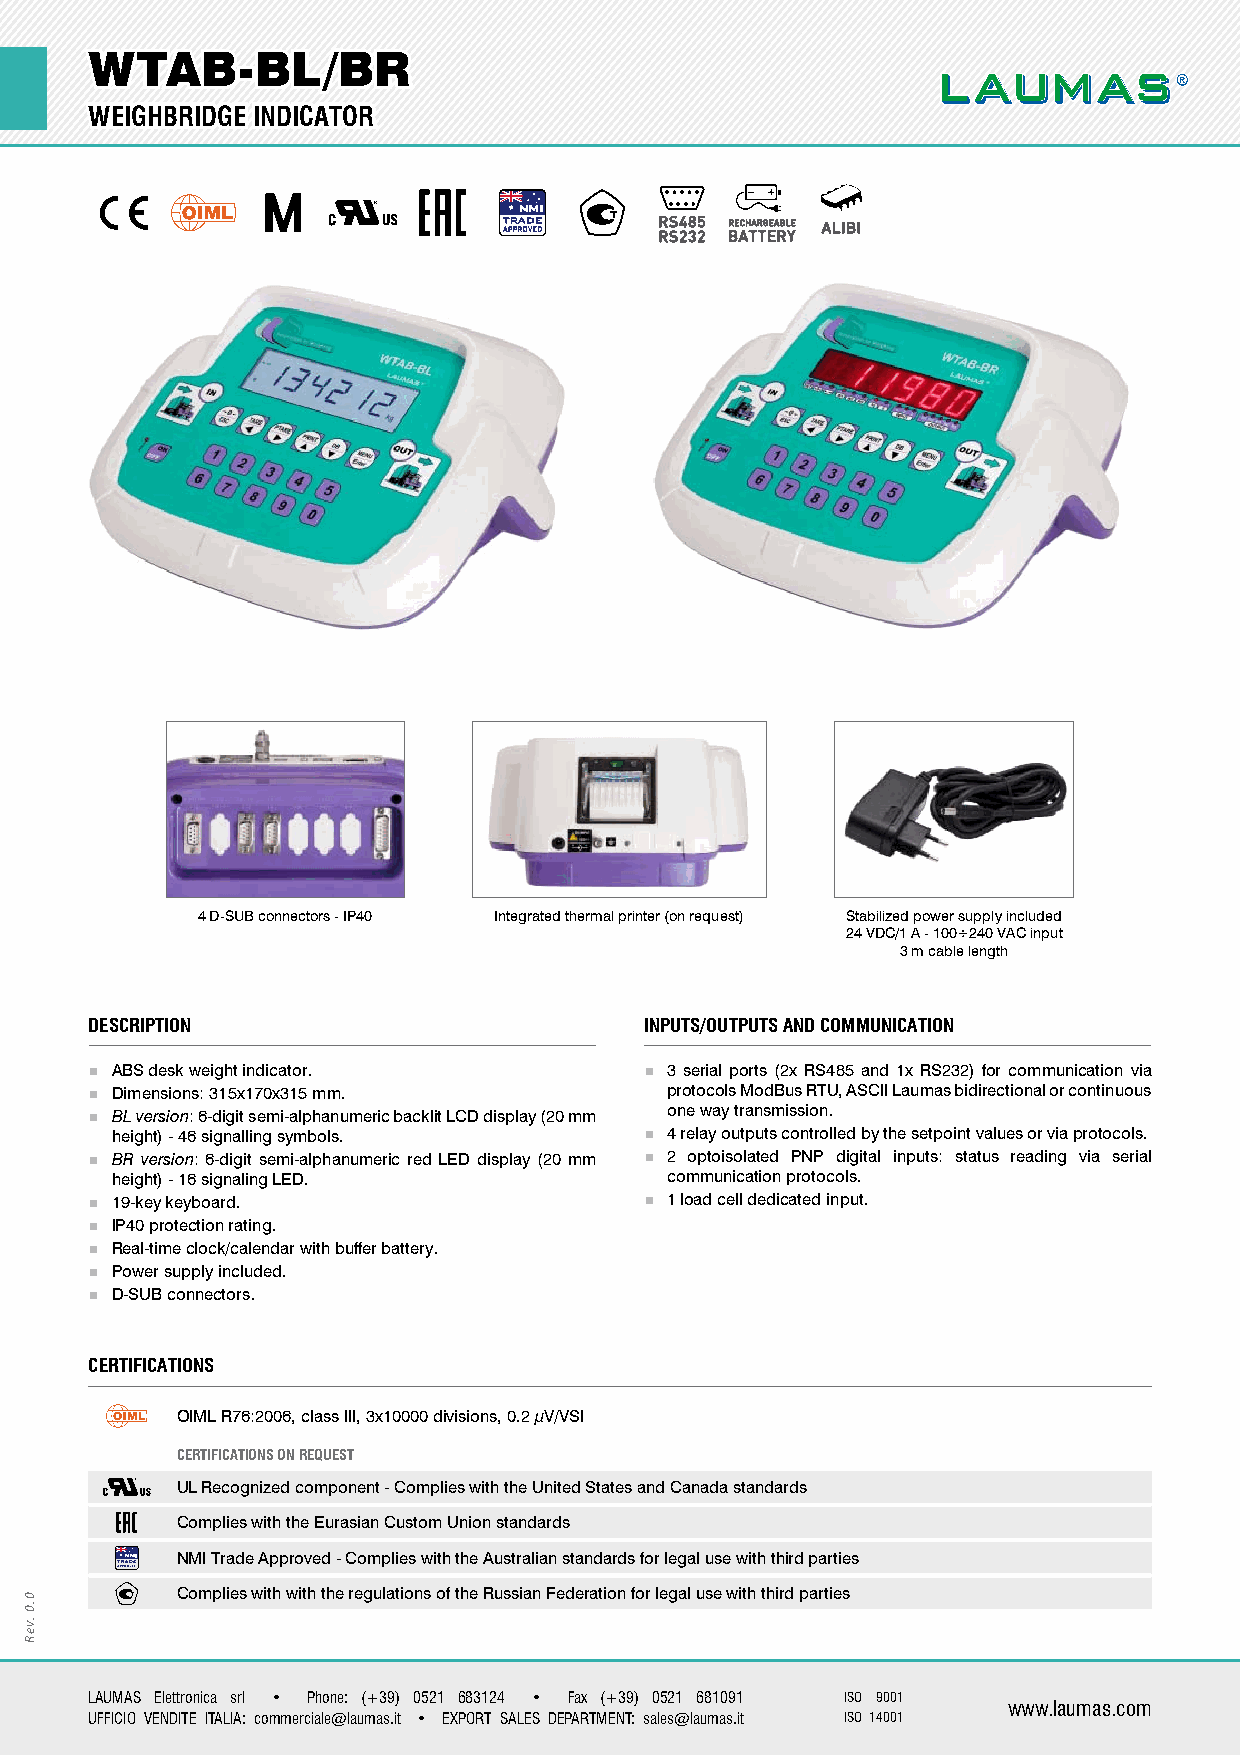
WWTTAABB--BBLL//BBRR
 WWEEIIGGHHBBRRIIDDGGEE IINNDDIICCAATTOORR
 4 D-SUB connectors - IP40 Integrated thermal printer (on request) Stabilized power supply included
 24 VDC/1 A - 100÷240 VAC input
 3 m cable length
 DDEESSCCRRIIPPTTIIOONN               IINNPPUUTTSS//OOUUTTPPUUTTSS AANNDD CCOOMMMMUUNNIICCAATTIIOONN
 ABS desk weight indicator.         3 serial ports (2x RS485 and 1x RS232) for communication via
 Dimensions: 315x170x315 mm.         protocols ModBus RTU, ASCII Laumas bidirectional or continuous
 BL version: 6-digit semi-alphanumeric backlit LCD display (20 mm one way transmission.
 height) - 46 signalling symbols.    4 relay outputs controlled by the setpoint values or via protocols.
 BR version: 6-digit semi-alphanumeric red LED display (20 mm 2 optoisolated PNP digital inputs: status reading via serial
 height) - 16 signaling LED.          communication protocols.
 19-key keyboard.                   1 load cell dedicated input.
 IP40 protection rating.
 Real-time clock/calendar with buffer battery.
 Power supply included.
 D-SUB connectors.
 CCEERRTTIIFFIICCAATTIIOONNSS
 OIML R76:2006, class III, 3x10000 divisions, 0.2 μV/VSI
 CERTIFICATIONS ON REQUEST
 UL Recognized component - Complies with the United States and Canada standards
 Complies with the Eurasian Custom Union standards
 NMI Trade Approved - Complies with the Australian standards for legal use with third parties
 Complies with with the regulations of the Russian Federation for legal use with third parties
 LAUMAS Elettronica srl • Phone: (+39) 0521 683124 • Fax (+39) 0521 681091 ISO 9001
 www.laumas.com
 UFFICIO VENDITE ITALIA: commerciale@laumas.it • EXPORT SALES DEPARTMENT: sales@laumas.it ISO 14001
 0.0
 .veR